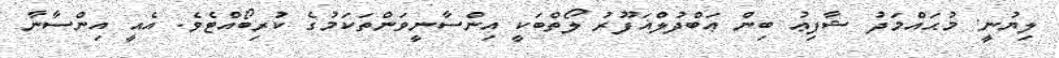
ލިޔުނީ: މުޙައްމަދު ޝާފިޢު ބިން ޢަބްދުލްޣަފޫރު ލޯތްބަކީ އިންސާނީވަންތަކަމުގެ ކުރިބޯއްޓެވެ. އެއީ އިންސާނާ